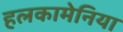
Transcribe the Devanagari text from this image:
हलकामेनिया